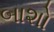
બાશો